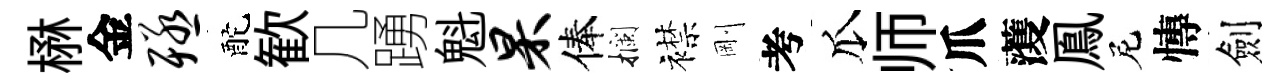
楙金殛酡歓几踴魁杲俸攔襟剛考瓜师爪𮑮鳯尼慱劍